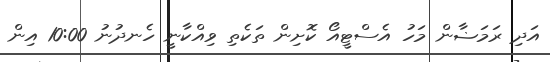
އަދި ރަމަޟާން މަހު އެސްޓީއޯ ކޮށިން ތަކެތި ވިއްކާނީ ހެނދުނު 10:00 އިން